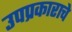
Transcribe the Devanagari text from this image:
उपप्रकाराचे